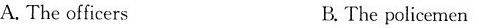
A.The officers B.The policemen